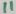
Text: 11